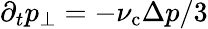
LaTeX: \partial_{t}p_{\perp}=-\nu_{\mathrm{c}}\Delta p/3